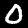
Label: 0